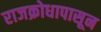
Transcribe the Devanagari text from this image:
राजक्रोधापासून